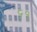
૬૧